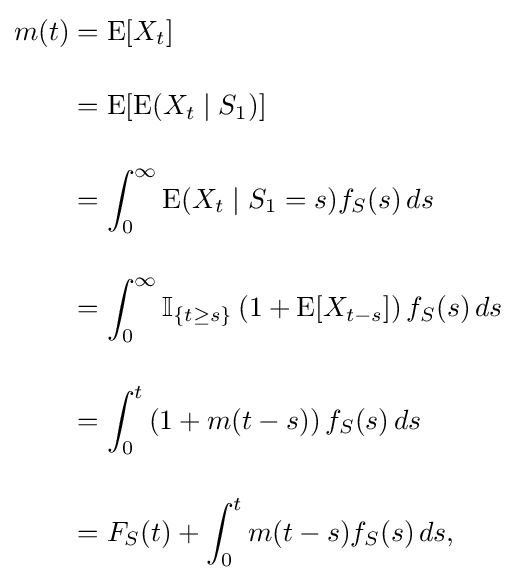
{\begin{aligned}m(t)&=\operatorname {E} [X_{t}]\\[12pt]&=\operatorname {E} [\operatorname {E} (X_{t}\mid S_{1})]\\[12pt]&=\int _{0}^{\infty }\operatorname {E} (X_{t}\mid S_{1}=s)f_{S}(s)\,ds\\[12pt]&=\int _{0}^{\infty }\operatorname {\mathbb {I} } _{\{t\geq s\}}\left(1+\operatorname {E} [X_{t-s}]\right)f_{S}(s)\,ds\\[12pt]&=\int _{0}^{t}\left(1+m(t-s)\right)f_{S}(s)\,ds\\[12pt]&=F_{S}(t)+\int _{0}^{t}m(t-s)f_{S}(s)\,ds,\end{aligned}}